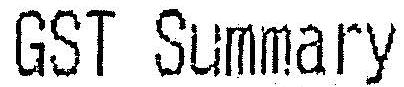
GST SUMMARY